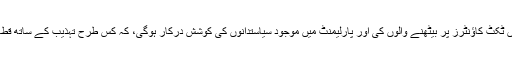
یہ چیز سادہ لگتی ہے مگر اسے کامیاب بنانے میں ٹکٹ کاؤنٹرز پر بیٹھنے والوں کی اور پارلیمنٹ میں موجود سیاستدانوں کی کوشش درکار ہوگی، کہ کس طرح تہذیب کے ساتھ قطار بنائی جائے اور اپنی باری کا انتظار کیا جائے۔